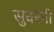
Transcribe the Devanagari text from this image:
सुधरनी